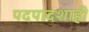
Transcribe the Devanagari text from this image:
पदपादशाही